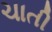
ચાતી